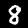
Digit: 8